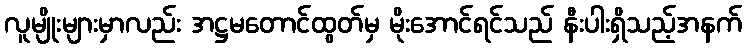
လူမျိုးများမှာလည်း အဋ္ဌမတောင်ထွတ်မှ မိုးအောင်ရင်သည် နီးပါးရှိသည့်အနက်